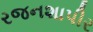
રજનશાપીર